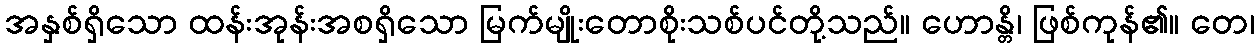
အနှစ်ရှိသော ထန်းအုန်းအစရှိသော မြက်မျိုးတောစိုးသစ်ပင်တို့သည်။ ဟောန္တိ၊ ဖြစ်ကုန်၏။ တေ၊